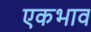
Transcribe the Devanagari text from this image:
एकभाव